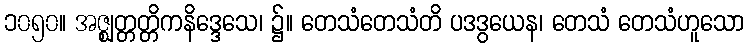
၁၀၅၀။ အဇ္ဈတ္တတ္တိကနိဒ္ဒေသေ၊ ၌။ တေသံတေသံတိ ပဒဒွယေန၊ တေသံ တေသံဟူသော